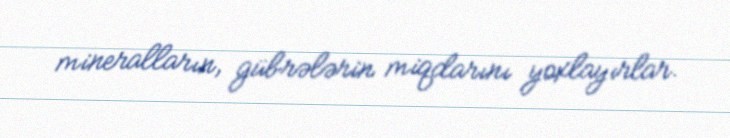
mineralların, gübrələrin miqdarını yoxlayırlar.